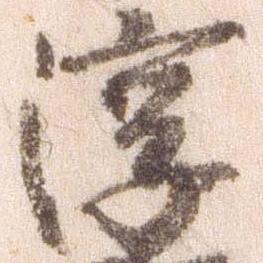
淳